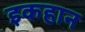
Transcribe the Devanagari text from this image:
इकहान